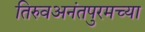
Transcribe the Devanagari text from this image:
तिरुवअनंतपुरमच्या